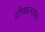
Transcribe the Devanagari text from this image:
द्वीपकल्पावरुन